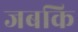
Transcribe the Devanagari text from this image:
जबकि